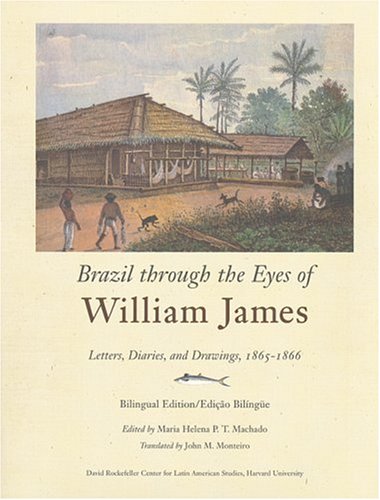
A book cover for Brazil through the Eyes of William James: Diaries, Letters, and Drawings, 1865-1866 (Series on Latin American Studies); Maria Helena P.T. Machado; Travel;